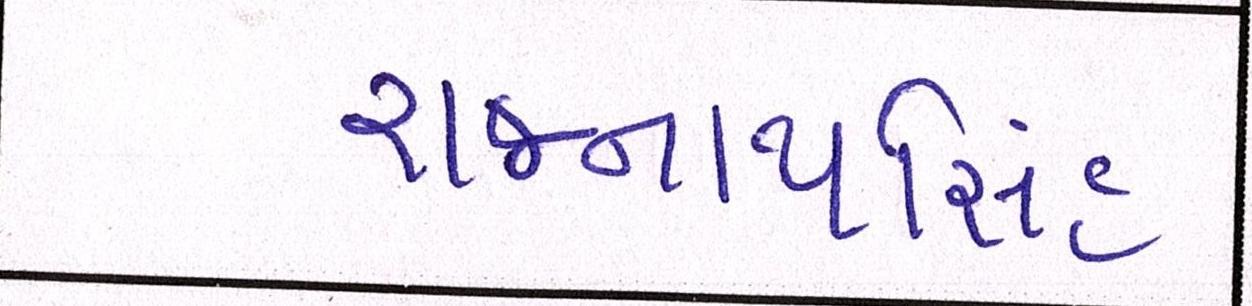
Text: રાજનાથસિંહ